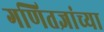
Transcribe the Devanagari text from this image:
गणितज्ञांच्या